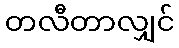
တလီတာလျှင်